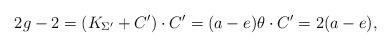
LaTeX: \begin{align*} 2g-2=(K_{\Sigma'}+C')\cdot C'= (a-e)\theta\cdot C' = 2(a-e),\end{align*}